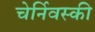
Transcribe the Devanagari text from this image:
चेर्निवस्की